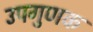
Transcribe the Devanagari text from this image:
उपगुणक